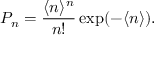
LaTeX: P _ { n } = \frac { \langle n \rangle ^ { n } } { n ! } \exp ( - \langle n \rangle ) .